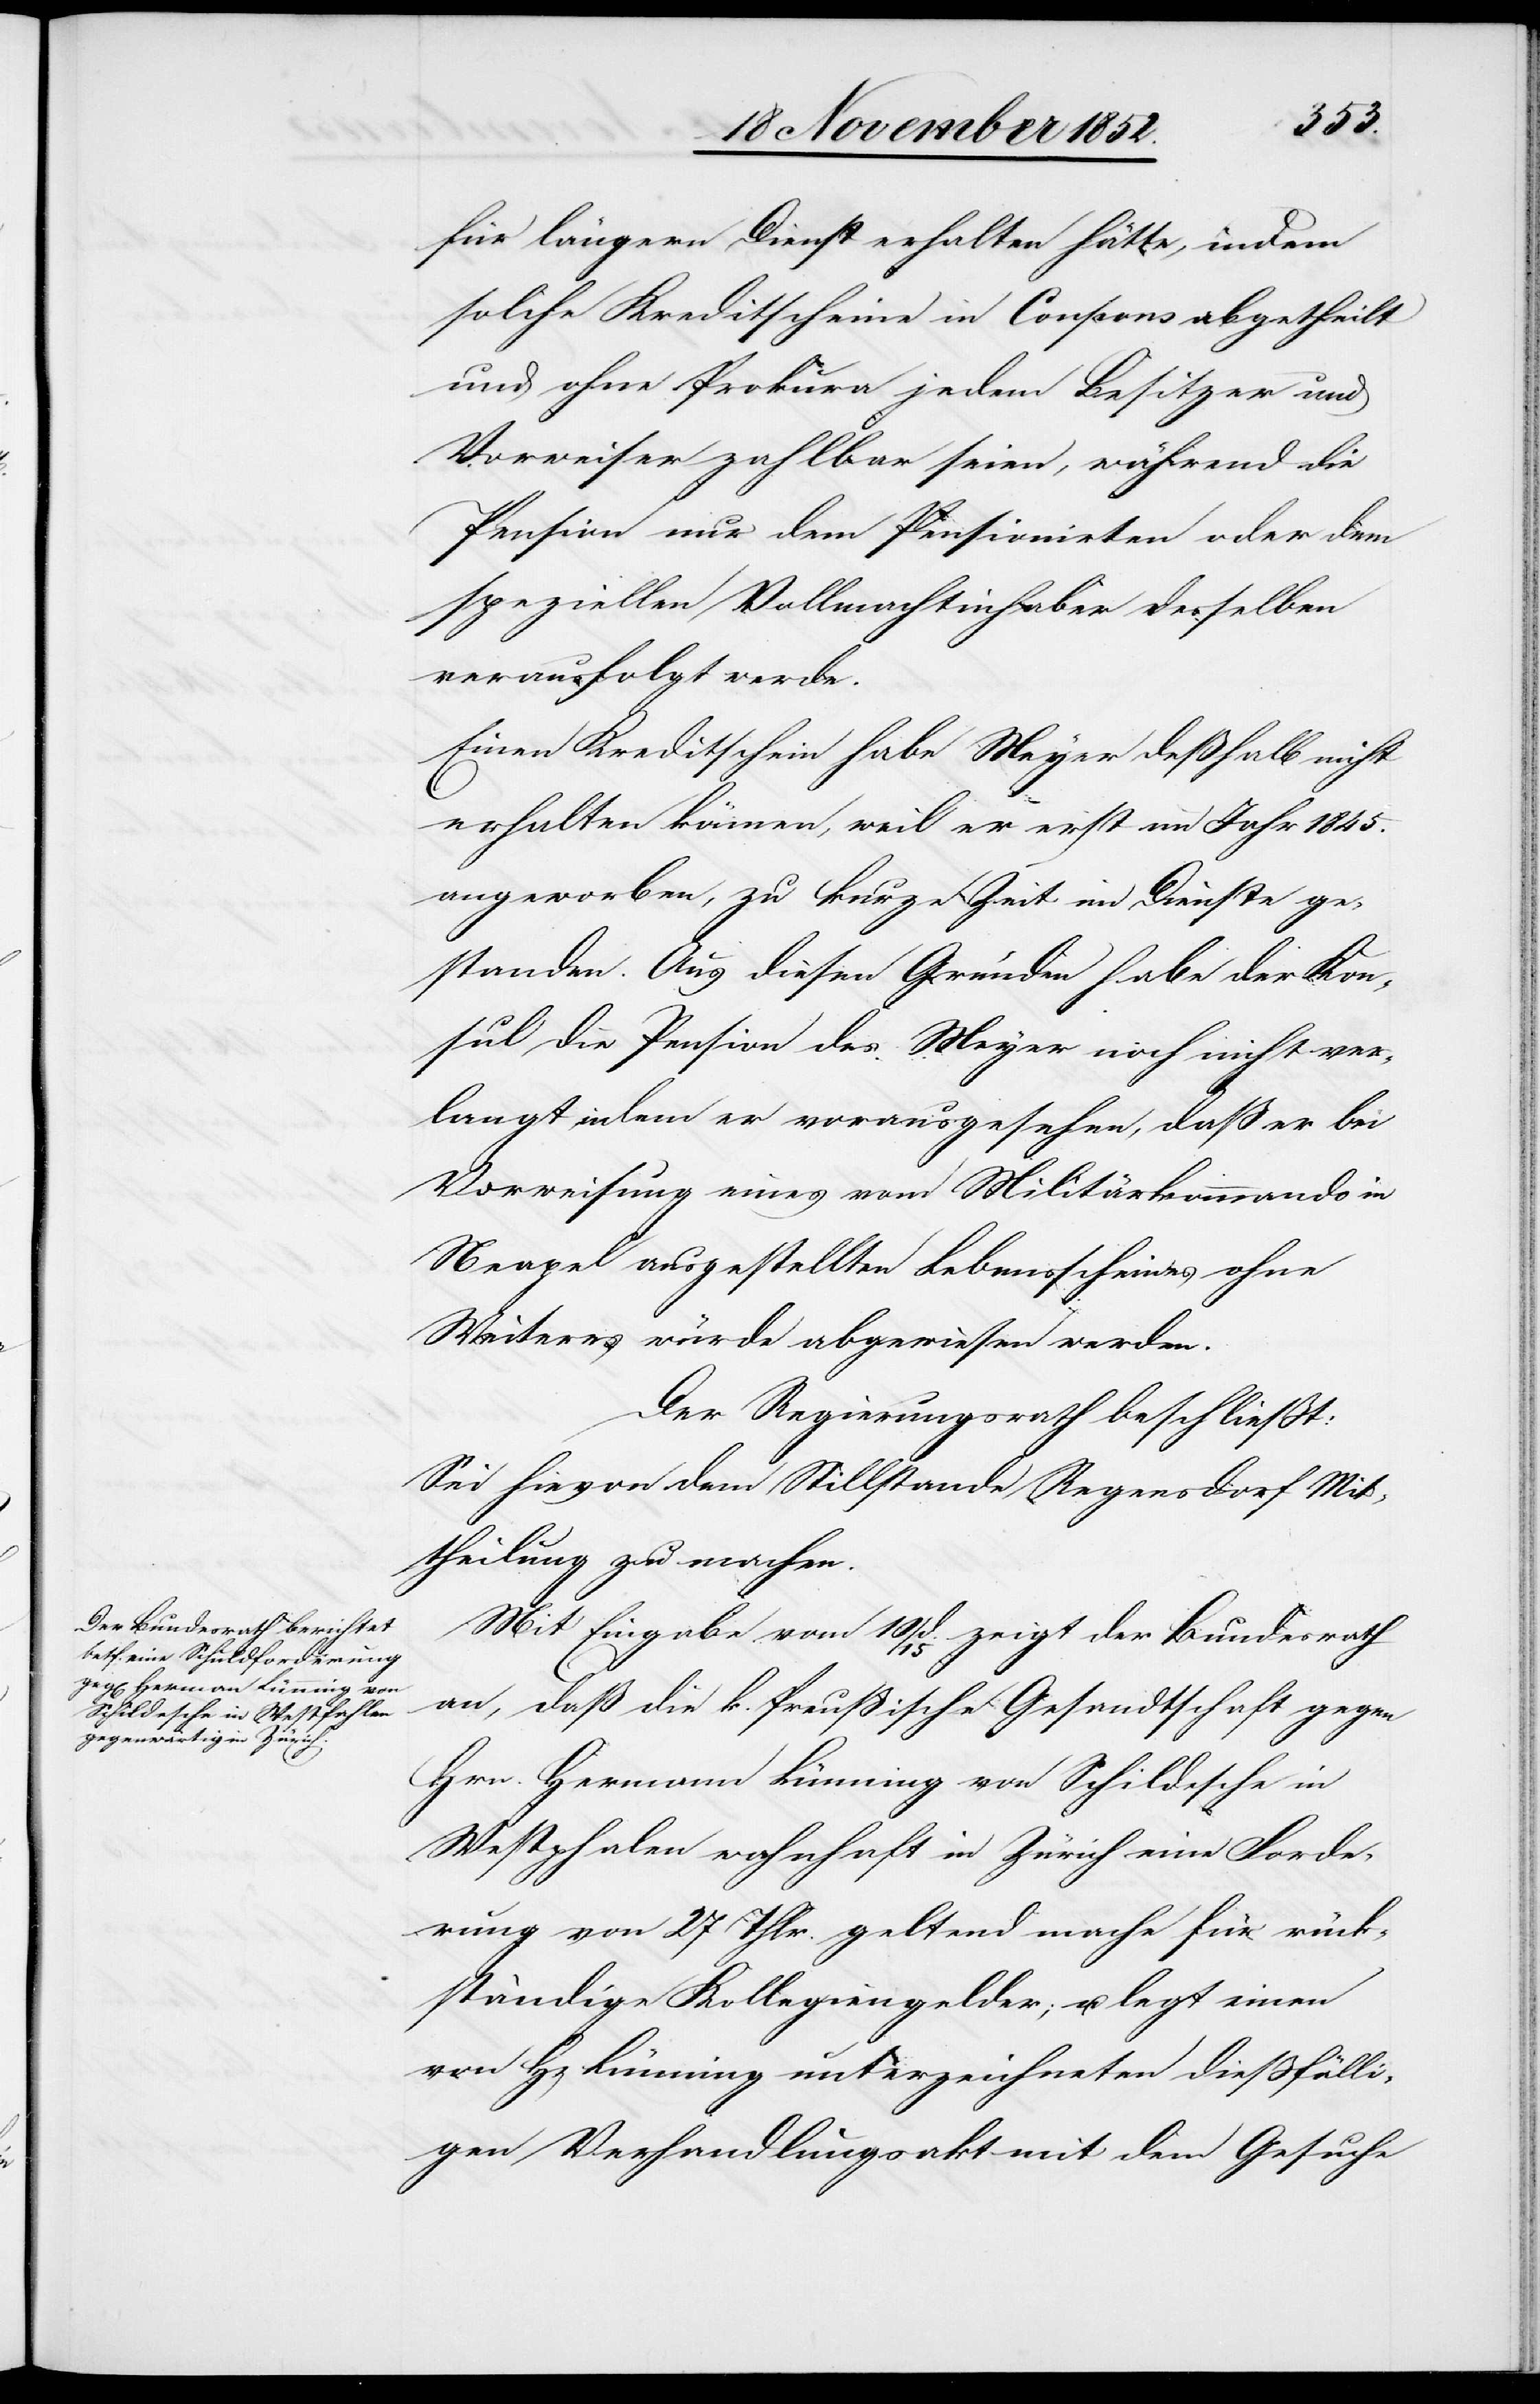
für längern Dienst erhalten hätte, indem
solche Kreditscheine in Coupons abgetheilt
und ohne Prokura jedem Besitzer und
Vorweiser zahlbar seien, während die
Pension nur dem Pensionirten oder dem
speziellen Vollmachtinhaber desselben
verausfolgt werde.
Einen Kreditschein habe Meyer deßhalb nicht
erhalten können, weil er erst im Jahr 1845.
angeworben, zu kurze Zeit im Dienste ge¬
standen. Aus diesen Gründen habe der Kon¬
sul die Pension des Meyer noch nicht ver¬
langt, indem er vorausgesehen, daß er bei
Vorweisung eines vom Militärkommando in
Neapel ausgestellten Lebensscheines ohne
Weiteres würde abgewiesen werden.
Der Regierungsrath beschließt:
Sei hievon dem Stillstande Regensdorf Mit¬
theilung zu machen.
Mit Eingabe vom 10 / 15 d. zeigt der Bundesrath
an, daß die k. Preußische Gesandtschaft gegen
Hrn. Hermann Lünning von Schildesche in
Westphalen wohnhaft in Zürich eine Forde¬
rung von 27 Thlr. geltend mache für rück¬
ständige Kollegiengelder; u. legt einen
von H[errn] Lünning unterzeichneten dießfälli¬
gen Verhandlungsakt mit dem Gesuche